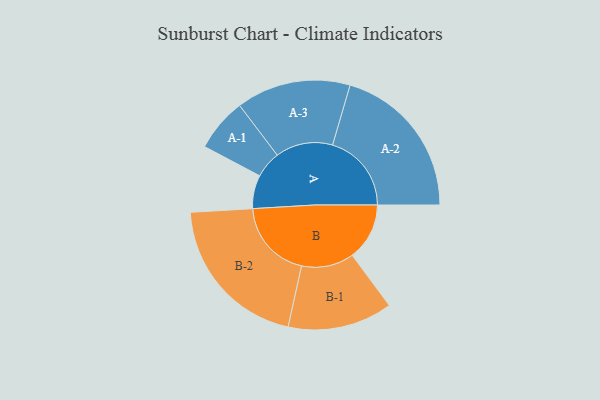
{"axis": {"x": "Segment", "y": "Value"}, "legend": ["", "A", "B"], "data": [{"x": "A", "y": 125, "type": ""}, {"x": "B", "y": 214, "type": ""}, {"x": "A-1", "y": 100, "type": "A"}, {"x": "A-2", "y": 295, "type": "A"}, {"x": "A-3", "y": 214, "type": "A"}, {"x": "B-1", "y": 196, "type": "B"}, {"x": "B-2", "y": 297, "type": "B"}]}